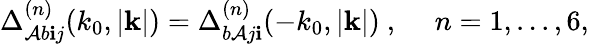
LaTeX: \Delta_{\mathcal{A}b\mathbf{i}j}^{(n)}(k_{0},|{\mathbf{k}}|)=\Delta_{b\mathcal{A}j\mathbf{i}}^{(n)}(-k_{0},|{\mathbf{k}}|)\ ,~~~~~n=1,...,6,